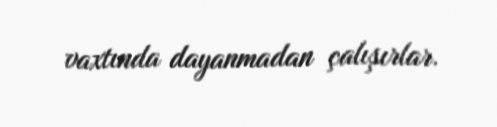
vaxtında dayanmadan çalışırlar.